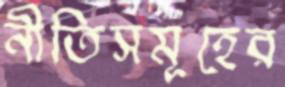
নীতিসমূহের